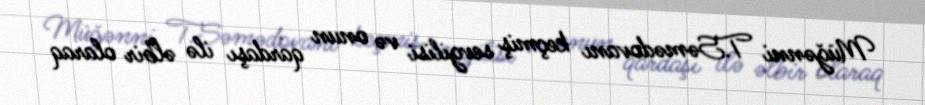
Müğənni T.Səmədovanı keçmiş sevgilisi və onun qardaşı ilə əlbir olaraq